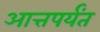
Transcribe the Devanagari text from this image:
आत्तपर्यंत